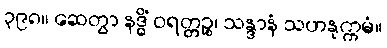
၃၉၈။ ဆေတွာ နဒ္ဓိံ ဝရတ္တဉ္စ၊ သန္ဒာနံ သဟနုက္ကမံ။